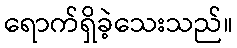
ရောက်ရှိခဲ့သေးသည်။